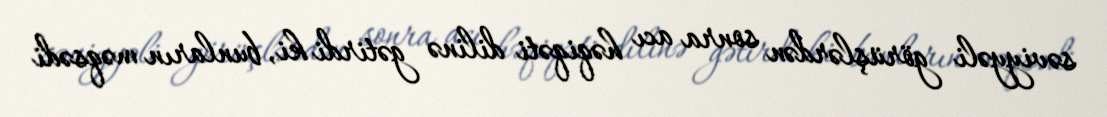
səviyyəli görüşlərdən sonra acı həqiqəti dilinə gətirdi ki, bunların məqsədi